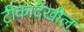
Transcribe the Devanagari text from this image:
टीकादेखील